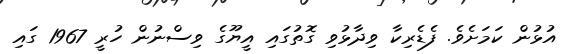
އުޅުން ކަމަށެވެ. ފެޑެރިކާ ވިދާޅުވި ގޮތުގައި އީޔޫގެ ވިސްނުން ހުރީ 1967 ގައި